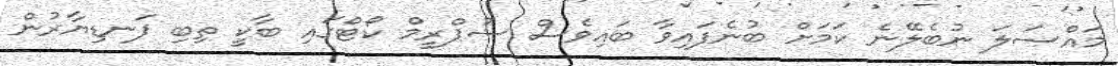
މައްސަލަ ނުބެލޭނެ ކަމަށް ބުނެފައިވާ ބައިވެސް ސުޕްރީމް ކޯޓްގައި ބާކީ ތިބި ފަނޑިޔާރުން